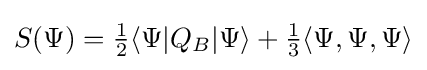
S(\Psi )={\tfrac {1}{2}}\langle \Psi |Q_{B}|\Psi \rangle +{\tfrac {1}{3}}\langle \Psi ,\Psi ,\Psi \rangle